Vaccination in Bombay 1869-1873 - 1869-1873
Year: 1869
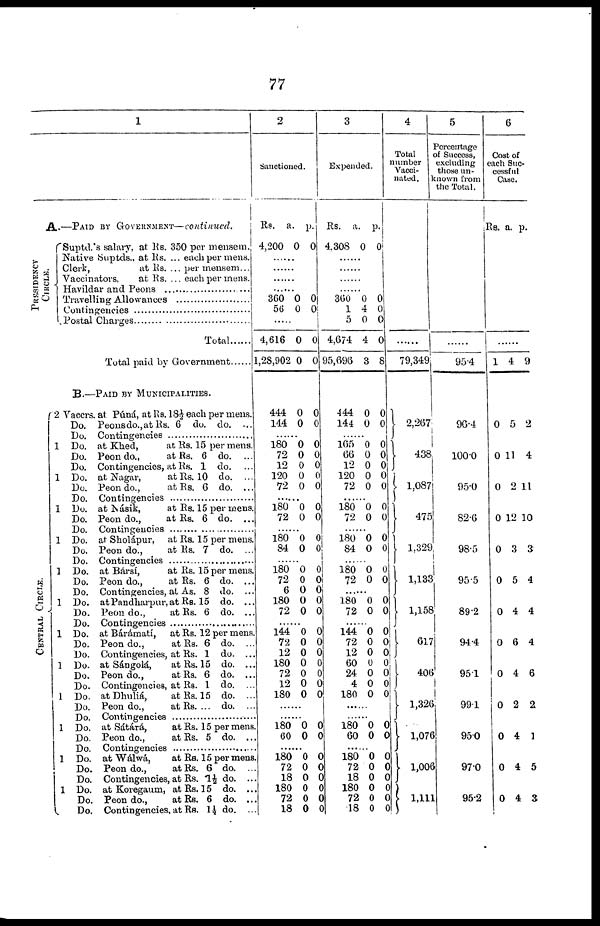
77
1
A.—PAID BY GOVERNMENT—continued.
PRESIDENCY
CIRCLE
Suptd.'s salary, at Rs. 350 per mensem.
Native Suptds., at Rs. ... each per mens.
Clerk,
at Rs. ... per mensem...
Vaccinators,
at Rs. ... each per mens.
Havildar and Peons ..................
Travelling Allowances ...................
Contingencies ...............
Postal Charges .................
Total
Total paid by Government
B.—PAID BY MUNICIPALITIES.
CENTRAL CIRCLE.
2
1
1
1
1
1
1
1
1
1
1
1
1
Vaccrs. at Púná, at Rs. 18½ each per mens.
Do.
Peons do., at Rs. 6 do. do. ...
Do. Contingencies .............
Do. at Khed,
at Rs. 15 per mens.
Do. Peon do.,
at Rs. 6 do. ...
Do. Contingencies, at Rs. 1 do. ...
Do. at Nagar,
at Rs. 10 do. ...
Do. Peon do.,
at Rs. 6 do. ...
Do. Contingencies ....................
Do. at Násik, at Rs.15 per mens.
Do. Peon do.,
at Rs. 6 do. ...
Do. Contingencies ..........................
Do. at Sholápur,
at Rs. 15 per mens.
Do. Peon do.,
at Rs. 7 do. ...
Do. Contingencies ..................
Do. at Bársí,
at Rs. 15 per mens.
Do. Peon do.,
at Rs. 6 do. ...
Do. Contingencies, at As. 8 do. ...
Do. at Pandharpur, at Rs. 15 do. ...
Do. Peon do.,
at Rs. 6 do. ...
Do. Contingencies ...................
Do. at Bárámati,
at Rs. 12 per mens.
Do. Peon do.,
at Rs. 6 do. ...
Do. Contingencies, at Rs. 1 do. ...
Do. at Sángolá,
at Rs. 15 do. ...
Do. Peon do.,
at Rs. 6 do. ...
Do. Contingencies, at Rs. 1 do. ...
Do. at Dhuliá,
at Rs. 15 do. ..
Do.
Peon do.,
at Rs. ... do. ...
Do. Contingencies ....................
Do. at Sátárá,
at Rs. 15 per mens.
Do. Peon do.,
at Rs. 5 do. ...
Do. Contingencies ..............
Do. at Wálwá,
at Rs. 15 per mens.
Do. Peon do.,
at Rs. 6 do. ...
Do. Contingencies, at Rs. 1½ do. ..
Do. at Koregaum, at Rs. 15 do.
Do. Peon do.,
at Rs. 6 do. ...
Do. Contingencies, at Rs. 1½ do. ...
2
Sanctioned.
Rs.
4,200
a.
0
p.
0
......
......
......
......
360
56
0
0
0
0
4,616
1,28,902
444
144
0
0
0
0
0
0
0
0
......
180
72
12
120
72
0
0
0
0
0
0
0
0
0
0
......
180
72
0
0
0
0
......
180
84
0
0
0
0
......
180
72
6
180
72
0
0
0
0
0
0
0
0
0
0
......
144
72
12
180
72
12
180
0
0
0
0
0
0
0
0
0
0
0
0
0
0
......
......
180
60
0
0
0
0
......
180
72
18
180
72
18
0
0
0 0
0
0
0
0
0 0
0
0
3
Expended.
Rs.
4,308
a.
0
p.
0
......
......
360
1
5
4,674
95,696
444
144
0
4
0
4
3
0
0
0
0
0
0
8
0
0
......
165
66
12
120
72
0
0
0
0
0
0
0
0
0
0
......
180
72
0
0
0
0
......
180
84
0
0
0
0
......
180
72
0
0
0
0
......
180
72
0
0
0
0
......
144
72
12
60
24
4
180
0
0
0
0
0
0
0
0
0
0
0
0
0
0
......
......
180
60
0
0
0
0
......
180
72
18
180
72
18
0
0
0
0
0
0
0
0
0
0
0
0
4
Total
number
Vacci-
nated.
79,349
2,267
438
1,087
475
1,329
1,133
1,158
617
406
1,326
1,076
1,006
1,111
5
Percentage
of Success,
excluding
those un-
known from
the Total.
95.4
96.4
100.0
95.0
82.6
98.5
95.5
89.2
94.4
95.1
99.1
95.0
970
95.2
6
Cost of
each Suc-
cessful
Case.
Rs. a. p.
1
0
0
0
0
0
0
0
0
0
0
0
0
0
4
5
11
2
12
3
5
4
6
4
2
4
4
4
9
2
4
11
10
3
4
4
4
6
2
1
5
3